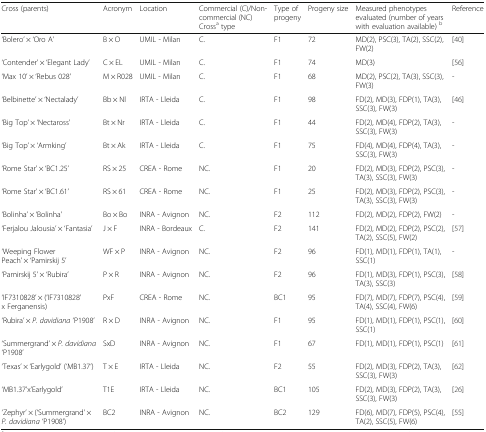
<table><thead><tr><td><b>Cross (parents)</b></td><td><b>Acronym</b></td><td><b>Location</b></td><td><b>Commercial (C)/Non-commercial (NC) Cross<sup>a</sup> type</b></td><td><b>Type of progeny</b></td><td><b>Progeny size</b></td><td><b>Measured phenotypes evaluated (number of years with evaluation available) <sup>b</sup></b></td><td><b>Reference</b></td></tr></thead><tbody><tr><td>‘Bolero’ × ‘Oro A’</td><td>B × O</td><td>UMIL - Milan</td><td>C.</td><td>F1</td><td>72</td><td>MD(2), PSC(3), TA(2), SSC(2), FW(2)</td><td>[40]</td></tr><tr><td>‘Contender’ × ‘Elegant Lady’</td><td>C × EL</td><td>UMIL - Milan</td><td>C.</td><td>F1</td><td>74</td><td>MD(3)</td><td>[56]</td></tr><tr><td>‘Max 10’ × ‘Rebus 028’</td><td>M × R028</td><td>UMIL - Milan</td><td>C.</td><td>F1</td><td>68</td><td>MD(2), PSC(2), TA(3), SSC(3), FW(3)</td><td>-</td></tr><tr><td>‘Belbinette’ × ‘Nectalady’</td><td>Bb × Nl</td><td>IRTA - Lleida</td><td>C.</td><td>F1</td><td>98</td><td>FD(2), MD(3), FDP(1), TA(3), SSC(3), FW(3)</td><td>[46]</td></tr><tr><td>‘Big Top’ × ‘Nectaross’</td><td>Bt × Nr</td><td>IRTA - Lleida</td><td>C.</td><td>F1</td><td>44</td><td>FD(2), MD(4), FDP(2), TA(3), SSC(3), FW(3)</td><td>-</td></tr><tr><td>‘Big Top’ × ‘Armking’</td><td>Bt × Ak</td><td>IRTA - Lleida</td><td>C.</td><td>F1</td><td>75</td><td>FD(4), MD(4), FDP(4), TA(3), SSC(3), FW(3)</td><td>-</td></tr><tr><td>‘Rome Star’ × ‘BC1.25’</td><td>RS × 25</td><td>CREA - Rome</td><td>NC.</td><td>F1</td><td>20</td><td>FD(2), MD(3), FDP(2), PSC(3), TA(3), SSC(3), FW(3)</td><td>-</td></tr><tr><td>‘Rome Star’ × ‘BC1.61’</td><td>RS × 61</td><td>CREA - Rome</td><td>NC.</td><td>F1</td><td>25</td><td>FD(2), MD(3), FDP(2), PSC(3), TA(3), SSC(3), FW(3)</td><td>-</td></tr><tr><td>‘Bolinha’ × ‘Bolinha’</td><td>Bo × Bo</td><td>INRA - Avignon</td><td>NC.</td><td>F2</td><td>112</td><td>FD(2), MD(2), FDP(2), FW(2)</td><td>-</td></tr><tr><td>‘Ferjalou Jalousia’ × ‘Fantasia’</td><td>J × F</td><td>INRA - Bordeaux</td><td>C.</td><td>F2</td><td>141</td><td>FD(2), MD(2), FDP(2), PSC(2), TA(2), SSC(5), FW(2)</td><td>[57]</td></tr><tr><td>‘Weeping Flower Peach’ × ‘Pamirskij 5’</td><td>WF × P</td><td>INRA - Avignon</td><td>NC.</td><td>F2</td><td>96</td><td>FD(1), MD(1), FDP(1), TA(1), SSC(1)</td><td>-</td></tr><tr><td>‘Pamirskij 5’ × ‘Rubira’</td><td>P × R</td><td>INRA - Avignon</td><td>NC.</td><td>F2</td><td>96</td><td>FD(1), MD(3), FDP(1), PSC(3), TA(3), SSC(3)</td><td>[58]</td></tr><tr><td>‘IF7310828’ × (‘IF7310828’ x Ferganensis)</td><td>PxF</td><td>CREA - Rome</td><td>NC.</td><td>BC1</td><td>95</td><td>FD(7), MD(7), FDP(7), PSC(4), TA(4), SSC(4), FW(6)</td><td>[59]</td></tr><tr><td>‘Rubira’ × <i>P. davidiana</i> ‘P1908’</td><td>R × D</td><td>INRA - Avignon</td><td>NC.</td><td>F1</td><td>95</td><td>FD(1), MD(1), FDP(1), PSC(1), SSC(1)</td><td>[60]</td></tr><tr><td>‘Summergrand’ × <i>P. davidiana</i> ‘P1908’</td><td>SxD</td><td>INRA - Avignon</td><td>NC.</td><td>F1</td><td>67</td><td>FD(1), MD(1), FDP(1), PSC(1)</td><td>[61]</td></tr><tr><td>‘Texas’ × ‘Earlygold’ (‘MB1.37’)</td><td>T × E</td><td>IRTA - Lleida</td><td>NC.</td><td>F2</td><td>55</td><td>FD(2), MD(3), FDP(2), TA(3), SSC(3), FW(3)</td><td>[62]</td></tr><tr><td>‘MB1.37’x’Earlygold’</td><td>T1E</td><td>IRTA - Lleida</td><td>NC.</td><td>BC1</td><td>105</td><td>FD(2), MD(3), FDP(2), TA(3), SSC(3), FW(3)</td><td>[26]</td></tr><tr><td>‘Zephyr’ × (‘Summergrand’ × <i>P. davidiana</i> ‘P1908’)</td><td>BC2</td><td>INRA - Avignon</td><td>NC.</td><td>BC2</td><td>129</td><td>FD(6), MD(7), FDP(5), PSC(4), TA(2), SSC(5), FW(6)</td><td>[55]</td></tr></tbody></table>